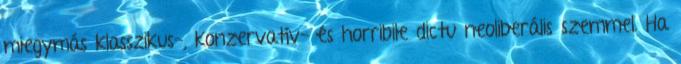
miegymás klasszikus-, konzervatív- és horribile dictu neoliberális szemmel. Ha